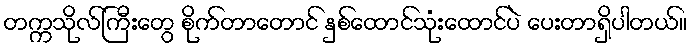
တက္ကသိုလ်ကြီးတွေ စိုက်တာတောင် နှစ်ထောင်သုံးထောင်ပဲ ပေးတာရှိပါတယ်။